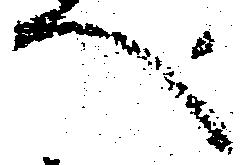
へ